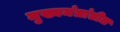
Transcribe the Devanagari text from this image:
मुख्यमंत्रांतील